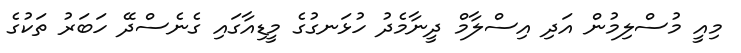
މިއީ މުސްލިމުން އަދި އިސްލާމް ދީނާމެދު ހުޅަނގުގެ މީޑިއާގައި ގެނެސްދޭ ހަބަރު ތަކުގެ